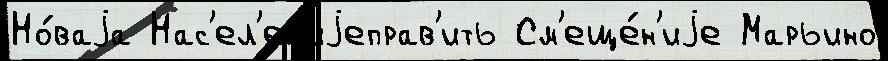
Но́ваjа Нас'ел'ен'иjеправ'ить См'еще́н'иjе Марьино